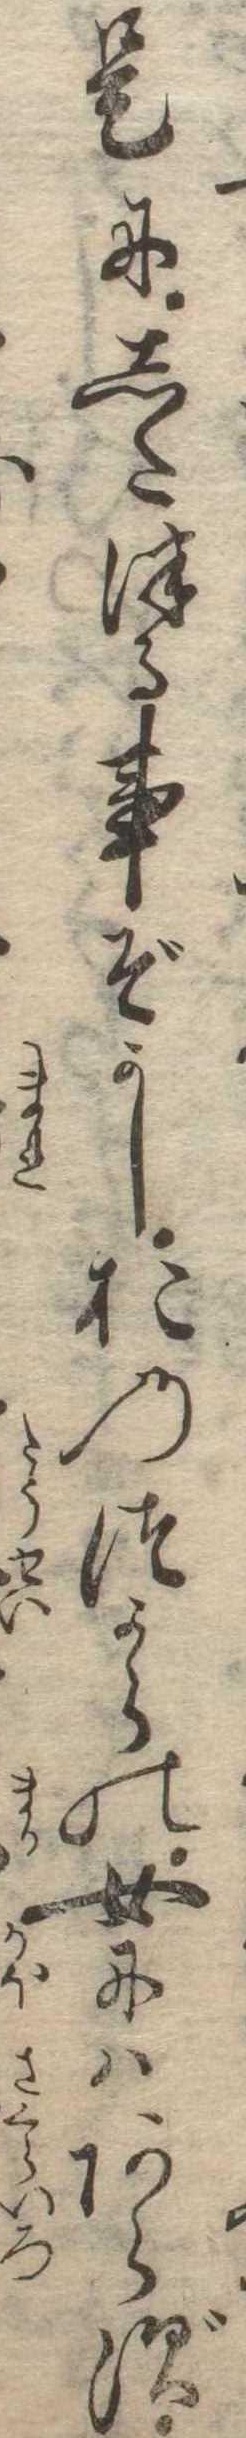
是にしたつる事ぞかしおのつからの女にはあらず